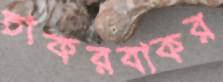
চাকরবাকর